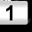
Digit: 1